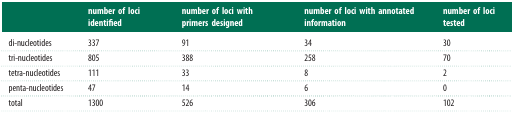
<table><thead><tr><td></td><td><b>number of loci identified</b></td><td><b>number of loci with primers designed</b></td><td><b>number of loci with annotated information</b></td><td><b>number of loci tested</b></td></tr></thead><tbody><tr><td>di-nucleotides</td><td>337</td><td>91</td><td>34</td><td>30</td></tr><tr><td>tri-nucleotides</td><td>805</td><td>388</td><td>258</td><td>70</td></tr><tr><td>tetra-nucleotides</td><td>111</td><td>33</td><td>8</td><td>2</td></tr><tr><td>penta-nucleotides</td><td>47</td><td>14</td><td>6</td><td>0</td></tr><tr><td>total</td><td>1300</td><td>526</td><td>306</td><td>102</td></tr></tbody></table>